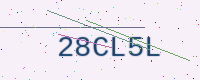
Text: 28CL5L